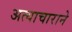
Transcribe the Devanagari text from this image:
अत्याचाराने